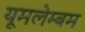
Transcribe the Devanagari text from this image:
यूमलेम्बम